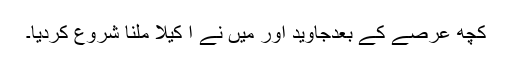
کچھ عرصے کے بعدجاوید اور میں نے ا کیلا ملنا شروع کردیا۔